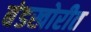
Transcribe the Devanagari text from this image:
बंडखोरीत